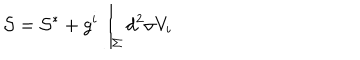
{ \cal S } = { \cal S } ^ { * } + g ^ { i } \int _ { \Sigma } d ^ { 2 } \sigma V _ { i }